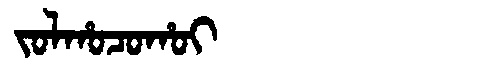
Manchu: ᠵᠣᠯᡥᠣᠴᠣᡥᠣᡳ
Romanization: JOLHOCOHOI